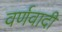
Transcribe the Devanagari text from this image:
वर्णवादी